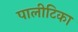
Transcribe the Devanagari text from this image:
पालीटिका